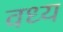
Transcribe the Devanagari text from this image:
वध्य